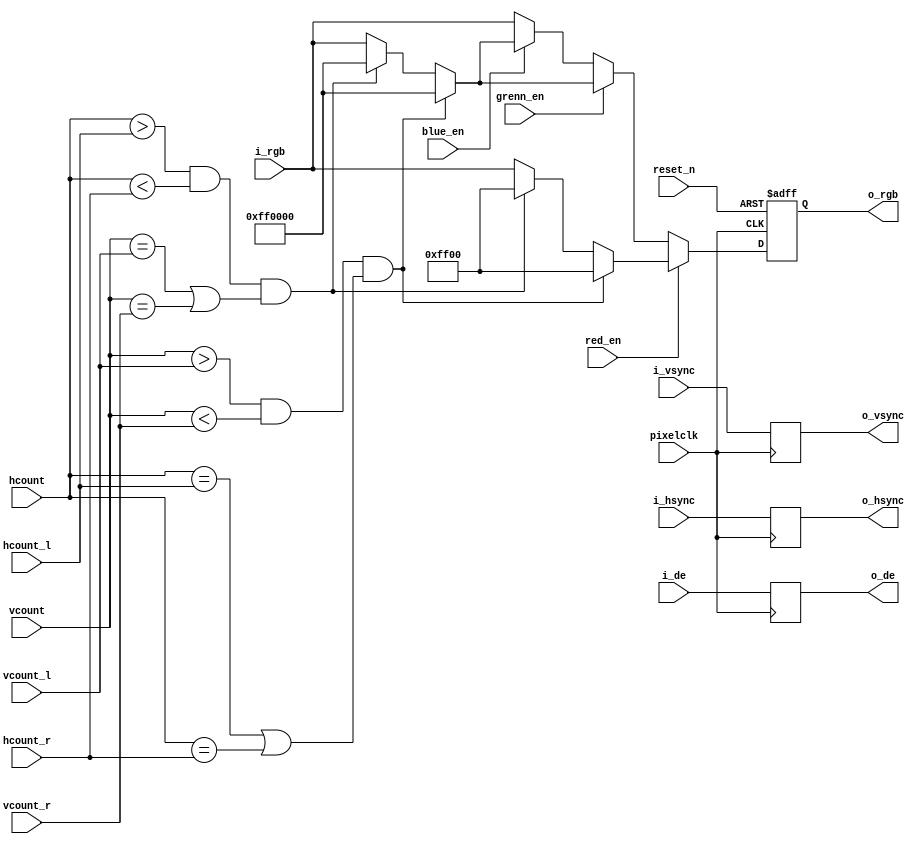

module display(
        
      input						            pixelclk,
	   input                            reset_n,
      input                                red_en,
      input                                grenn_en,
      input                                blue_en,

  	   input          [23:0]            i_rgb,
	   input						            i_hsync,
	   input							          i_vsync,
	   input							          i_de,
	   
	   input [11:0]                      hcount,
      input [11:0]                      vcount,

      input   [11:0]                     hcount_l,
      input   [11:0]                     hcount_r,
      input   [11:0]                     vcount_l,
      input   [11:0]                     vcount_r,

  
    
      output         [23:0]             o_rgb,
	   output							           o_hsync,
	   output							           o_vsync,                                                                                                  
	   output						              o_de




 );



reg	   [23:0]            rgb_r;	
reg                       hsync_r;
reg                       vsync_r;
reg                       de_r;
       
always @(posedge pixelclk) begin
  hsync_r <= i_hsync;
  vsync_r <= i_vsync;
  de_r    <= i_de;
end

assign o_hsync = hsync_r;
assign o_vsync = vsync_r;
assign o_de    = de_r;
assign o_rgb   = rgb_r; 




always @(posedge pixelclk or negedge reset_n) begin
  if(!reset_n) 
    rgb_r <= 24'h00000;

  else if(red_en)begin
     if (vcount>vcount_l && vcount<vcount_r && ( hcount==hcount_l || hcount==hcount_r ))
    rgb_r <= 24'h00ff00;
  else if (hcount > hcount_l && hcount < hcount_r && (vcount== vcount_l || vcount== vcount_r ))
    rgb_r <= 24'h00ff00;
  else
    rgb_r <= i_rgb;
    end


  else if(grenn_en)begin
     if (vcount>vcount_l && vcount<vcount_r && ( hcount==hcount_l || hcount==hcount_r ))
    rgb_r <= 24'hff0000;
  else if (hcount > hcount_l && hcount < hcount_r && (vcount== vcount_l || vcount== vcount_r ))
    rgb_r <= 24'hff0000;
  else
    rgb_r <= i_rgb;
    end


  else if(blue_en)begin
     if (vcount>vcount_l && vcount<vcount_r && ( hcount==hcount_l || hcount==hcount_r ))
    rgb_r <= 24'hff0000;
  else if (hcount > hcount_l && hcount < hcount_r && (vcount== vcount_l || vcount== vcount_r ))
    rgb_r <= 24'hff0000;
  else
    rgb_r <= i_rgb;
    end


   else
    rgb_r <= i_rgb;
 end




endmodule